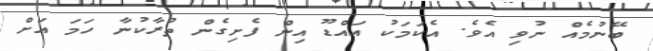
ބޭނުމެއް ނުވި އެވެ. އެކަމަކު އައްޑޫ އިން ފެށިގެން ތުރާކުނާ ހަމަ އަށް